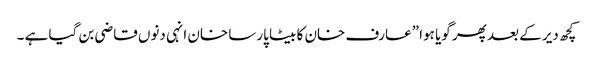
کچھ دیر کے بعد پھر گویا ہوا ”عارف خان کا بیٹا پارسا خان انہی دنوں قاضی بن گیا ہے ۔